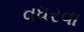
વધરવા